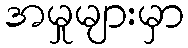
အမှုများမှာ